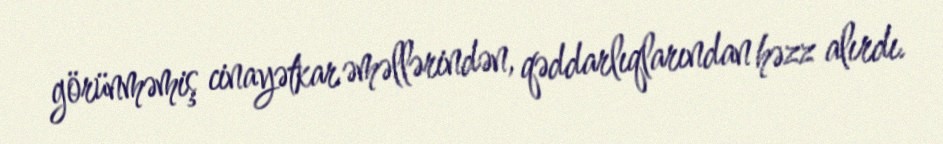
görünməmiş cinayətkar əməllərindən, qəddarlıqlarından həzz alırdı.